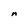
Character: n